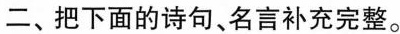
二、把下面的诗句、名言补充完整。